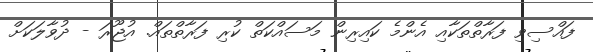
ފައްސިވި ފަރާތްތަކާއި އެންމެ ކައިރިން މަސައްކަތް ކުރި ފަރާތްތައް. އުޖޫރަ - ދުވާލަކަށް